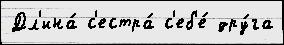
Дл'ина́ с'естра́ с'еб'е́ дру́га